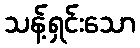
သန့်ရှင်းသော